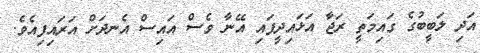
އަދި ލަބީބުގެ ގައިމަތީ ރަޖާ އަޅައިދީފައި އޭނާ ވެސް އައިސް އެނދަށް އަރައިފިއެވެ.